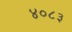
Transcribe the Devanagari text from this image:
४०८३